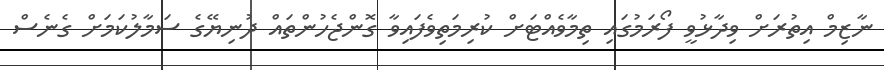
ނާޒިމް އިތުރަށް ވިދާޅުވީ ފޯރަމުގައި ތިމާވެއްޓަށް ކުރިމަތިވެފައިވާ ގޮންޖެހުންތައް ދުނިޔޭގެ ސަމާލުކަމަށް ގެނެސް